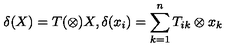
\delta ( X ) = T ( \otimes ) X , \delta ( x _ { i } ) = \sum _ { k = 1 } ^ { n } T _ { i k } \otimes x _ { k }